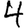
Digit: 4